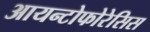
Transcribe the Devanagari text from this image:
आयन्टोफोरेसिस